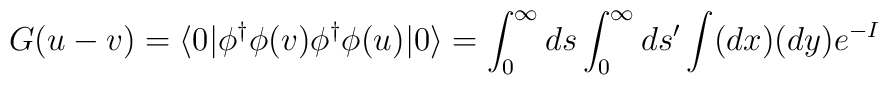
G(u-v)=\langle 0| \phi^{\dagger}\phi(v)\phi^{\dagger}\phi (u)|0\rangle =\int_0^{\infty}ds\int_0^{\infty}ds'\int (dx)(dy)e^{-I}